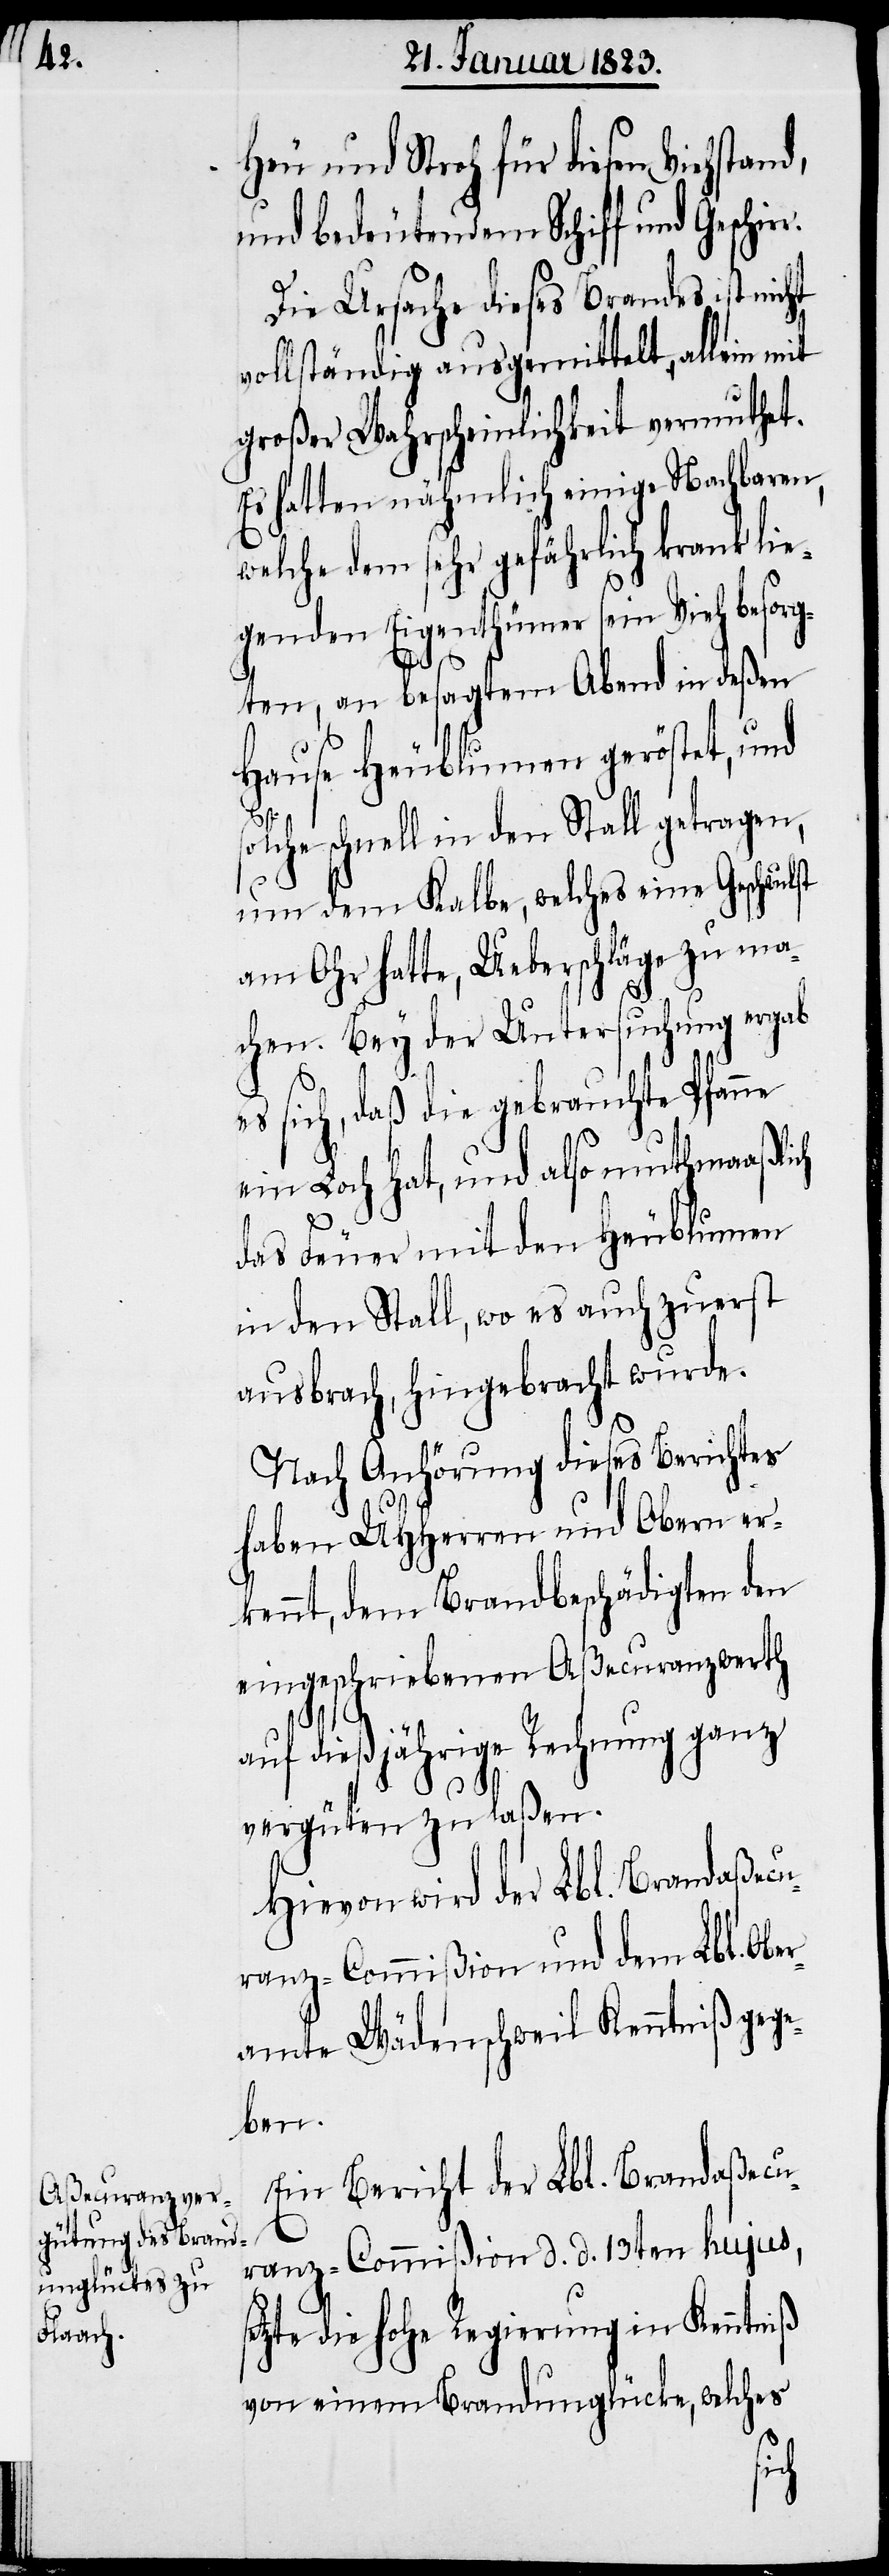
Heu und Stroh für diesen Viehstand,
und bedeutendem Schiff und Geschir¬
Die Ursache dieses Brandes ist nicht
vollständig ausgemittelt, allein mit
großer Wahrscheinlichkeit vermuthet.
Es hatten nähmlich einige Nachbaren,
welche dem sehr gefährlich krank lie¬
genden Eigenthümer sein Vieh besorg¬
ten, an besagtem Abend in deßen
Hause Heublumen geröstet, und
solche schnell in den Stall getragen,
um dem Kalbe, welches eine Geschwul¬
am Ohr hatte, Ueberschläge zu ma¬
chen. Bey der Untersuchung ergab
es sich, daß die gebrauchte Pfanne
ein Loch hat, und also muthmaaßlich
das Feuer mit den Heublumen
in den Stall, wo es auch zuerst
ausbrach, hingebracht wurde.
Nach Anhörung dieses Berichtes
haben UHHerren und Obern er¬
kennt, dem Brandbeschädigten den
eingeschriebenen Aßecuranzwerth
auf dießjährige Rechnung ganz
vergüten zu laßen.
Hievon wird der Lbl. Brandaßecu¬
ranz-Commißion und dem Lbl. Obe¬
ramte Wädenschweil Kenntniß geg¬
eben.
Ein Bericht der Lbl. Brandaßecu¬
ranz-Commißion d. d. 13ten hujus,
etzte die hohe Regierung in Kenntniß
von einem Brandunglücke, welches
s¬